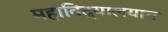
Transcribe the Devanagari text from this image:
महाविद्यालयाच